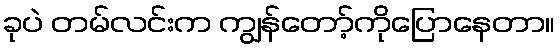
ခုပဲ တမ်လင်းက ကျွန်တော့်ကိုပြောနေတာ။